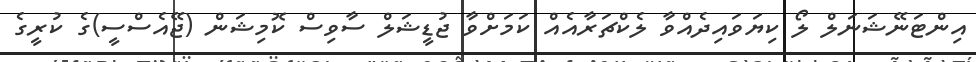
އިންޓަނޭޝަނަލް ލޯ ކިޔަވައިދެއްވާ ލެކްޗަރާއެއް ކަމަށްވާ ޖުޑީޝަލް ސާވިސް ކޮމިޝަން (ޖޭއެސްސީ)ގެ ކުރީގެ